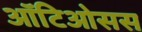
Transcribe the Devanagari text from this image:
ऑटिओसस